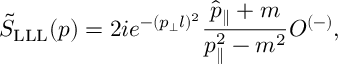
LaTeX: \tilde { S } _ { \mathrm { L L L } } ( p ) = 2 i e ^ { - ( p _ { \perp } l ) ^ { 2 } } \frac { \hat { p } _ { \parallel } + m } { p _ { \parallel } ^ { 2 } - m ^ { 2 } } O ^ { ( - ) } ,